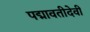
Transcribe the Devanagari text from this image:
पद्मावतीदेवी